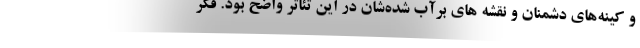
و کینه‌های دشمنان و نقشه های برآب شده‌شان در این تئاتر واضح بود. فکر